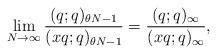
LaTeX: \begin{gather*}\lim_{N\rightarrow\infty}{\frac{(q; q)_{\theta N - 1}}{(xq; q)_{\theta N - 1}}} = \frac{(q; q)_{\infty}}{(xq; q)_{\infty}},\end{gather*}